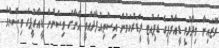
ރޮޒައިނާ ވިދާޅުވީ ޑީއާރުޕީގެ ޑެޕިއުޓީ ލީޑަރުކަމުން އިސްތިއުފާދެއްވީ އޭނާގެ ވިސްނުން ޑީއާރުޕީގެ ވިސްނުމާ